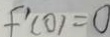
f ^ { \prime } ( 0 ) = 0